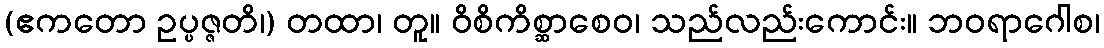
(ဧကတော ဥပ္ပဇ္ဇတိ၊) တထာ၊ တူ။ ဝိစိကိစ္ဆာစေဝ၊ သည်လည်းကောင်း။ ဘဝရာဂေါစ၊